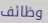
وظائف